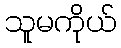
သူမကိုယ်